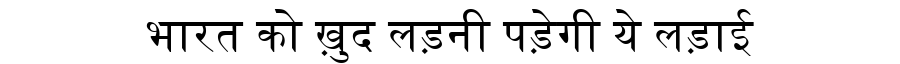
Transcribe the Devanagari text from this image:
भारत को ख़ुद लड़नी पड़ेगी ये लड़ाई